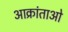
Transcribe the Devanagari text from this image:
आक्रांताओ